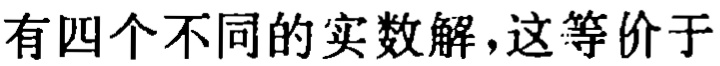
有四个不同的实数解，这等价于